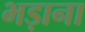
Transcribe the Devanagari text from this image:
भड़ाना